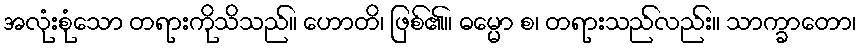
အလုံးစုံသော တရားကိုသိသည်။ ဟောတိ၊ ဖြစ်၏။ ဓမ္မော စ၊ တရားသည်လည်း။ သာက္ခာတော၊